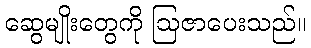
ဆွေမျိုးတွေကို ဩဇာပေးသည်။